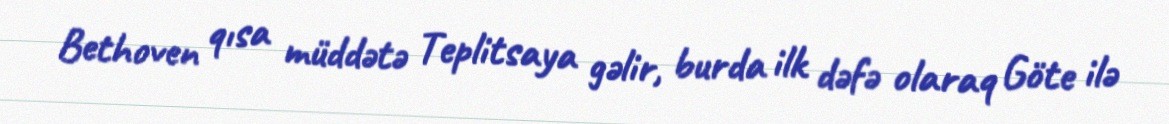
Bethoven qısa müddətə Teplitsaya gəlir, burda ilk dəfə olaraq Göte ilə